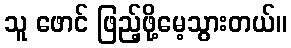
သူ ဖောင် ဖြည့်ဖို့မေ့သွားတယ်။